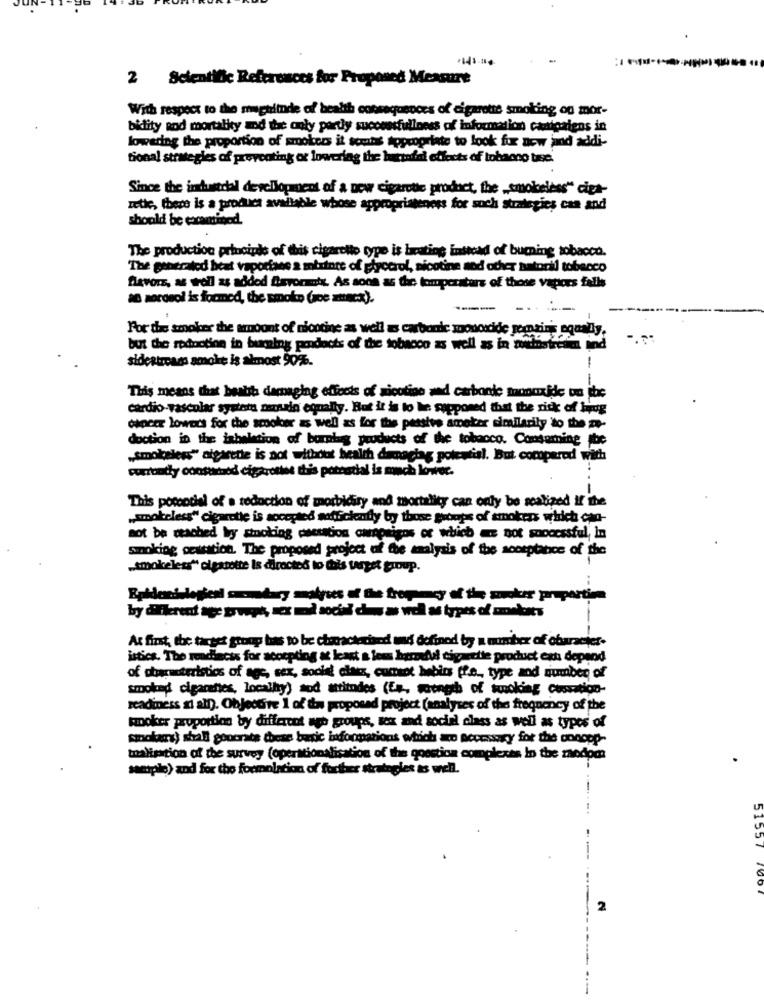
2 Scientific References for Proposed Measure
With respect to the maghimde of health consequences of cigarette smoking og mor-
bility and mortality and the only partly successfullness of information canicaiens in
lowering the proportion of smokers it sortis appropriate to look for now jand addi-
tional strategies of preventing or lowering the bartafel effects of tobacco bee.
Since the industdal development of a new cigarette product, the _smokeless" cipa-
zette, there is a product available whose appropriateness for such strategies can and
should be examined.
The production principle of this cigaretto type is beating instead of burning tobacco.
The generated beat vaporiane a mixture of glycerol, sicotine sod other satoril tobacco
flavors, as well as added favormetr. As soon as tac temperature of those vapors falls
a0 sordsol is formed, the smoke (wbe ztinca).
----
For the smoker the amount of nicotine as well as carbonie sonoicide gernzing equally.
-...
but the rodnotion in burning pondocts of the tobacco as well as in wwwhostresim und
sidestreams smoke is almost 90%.
1
--
This means that beatsh damaging effects of nicotine and carbonle monoxide ou she
cardio-vascolar system mazarin equally. But it is to he supposed that the risk of byog
cancer lowers for the smoker as well as for the passive ameter emailarily to the me-
doction in the inhalation of burning products of the tobacco. Consuming be
„smokeless" aigarette is not without health damaging potential. But compared with
corrondy constamod cigarettes this potential is much lower.
This potential of a reduction of morbidiry and mortality can only be realized if the
„smokeless" cigarette is accepted sofficiently by those groups of smokers which can-
not be reached by smoking cnetation canprigos of which =s not successful, In
smoking cessation. The proposed project of the analysis of the scotptance of the
„smokeless" olgatette is directed to this target group.
Epidemiological secondary mayoes of the tropmany of the souder proportion
by different age troph, sex mid social cius as well as types of smelones
At first, the target group has to be characterised und defined by a munter of character-
istics. The readiness for accepting at least a lees harmful cigarette product ext depand
of obarmteristics of age, sex, soold! ciate, comot hebios ff.e ., type and number of
smoked cigarettes, localhy) aod attitudes (Es, mength of smoking Cessation-
readiness si all). Objective 1 of tas proposed project (analyses of the frequency of the
koker proportion by different ago groups, sex and social class as well as types of
sinokars) shall goocrate these basic informations which are necessary for the conopp-
talisation of the survey (operationalisation of the question complexas In the zandpen
samplo) and for the formolstim of further strategies as well.
--
2